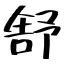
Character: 舒